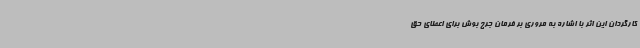
کارگردان این اثر با اشاره به مروری بر فرمان جرج بوش برای اعطای حق